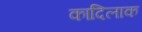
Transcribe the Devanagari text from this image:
कादिलाक